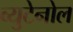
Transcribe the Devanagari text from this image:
व्युटेनोल